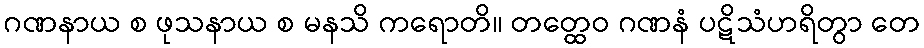
ဂဏနာယ စ ဖုသနာယ စ မနသိ ကရောတိ။ တတ္ထေဝ ဂဏနံ ပဋိသံဟရိတွာ တေ